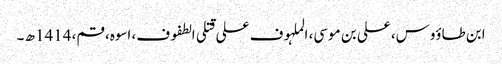
ابن طاؤوس، علی بن موسی، الملہوف علی قتلی الطفوف، اسوہ، قم، 1414ھ ۔